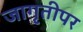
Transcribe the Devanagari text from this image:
जागृतीपर